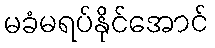
မခံမရပ်နိုင်အောင်